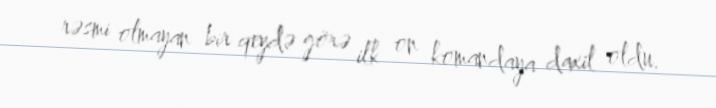
rəsmi olmayan bir qeydə görə ilk on komandaya daxil oldu.